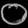
Digit: ၀